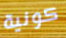
كونية